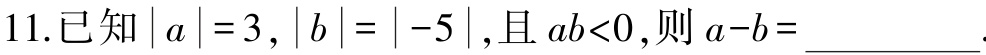
11.已知\(\vert a\vert = 3\)，\(\vert b\vert=\vert - 5\vert\)，且\(ab<0\)，则\(a - b=\underline{\quad\quad}\).